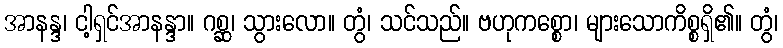
အာနန္ဒ၊ ငါ့ရှင်အာနန္ဒာ။ ဂစ္ဆ၊ သွားလော။ တွံ၊ သင်သည်။ ဗဟုကစ္စော၊ များသောကိစ္စရှိ၏။ တွံ၊